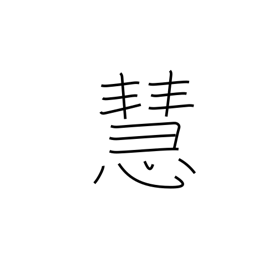
Meaning: wise